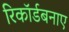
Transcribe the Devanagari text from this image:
रिकॉर्डबनाए